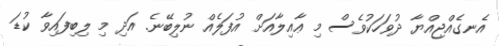
އެނގެއްޖިއްޔާ ދުވަހަކުވެސް މި ޢާއިލާއަށް އުފަލެއް ނުލިބޭނެ. އަދި މި ލިބިފައިވާ ކުޑަ